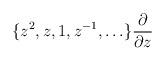
LaTeX: \begin{align*}\{z^{2}, z, 1, z^{-1},\ldots\} \frac{\partial}{\partial z}\end{align*}